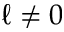
\ell \neq 0